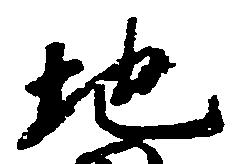
地